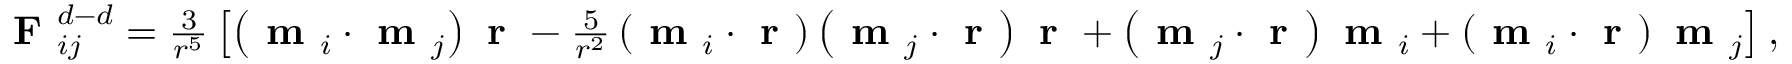
\begin{array} { r } { \textbf { F } _ { i j } ^ { d - d } = \frac { 3 } { r ^ { 5 } } \left[ \left( \textbf { m } _ { i } \cdot \textbf { m } _ { j } \right) \textbf { r } - \frac { 5 } { r ^ { 2 } } \left( \textbf { m } _ { i } \cdot \textbf { r } \right) \left( \textbf { m } _ { j } \cdot \textbf { r } \right) \textbf { r } + \left( \textbf { m } _ { j } \cdot \textbf { r } \right) \textbf { m } _ { i } + \left( \textbf { m } _ { i } \cdot \textbf { r } \right) \textbf { m } _ { j } \right] , } \end{array}